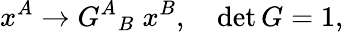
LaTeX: x^{A}\rightarrow{G^{A}}_{B}\; x^{B},\quad\operatorname*{det}G=1,